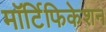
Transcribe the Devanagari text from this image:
मॉर्टिफिकेशन